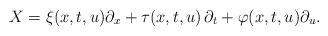
LaTeX: \begin{align*}X=\xi (x,t,u)\partial_x+\tau (x,t,u)\,\partial_t+\varphi (x,t,u)\partial_u. \end{align*}